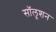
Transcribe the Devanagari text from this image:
सॉलूशन